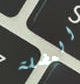
العضلة